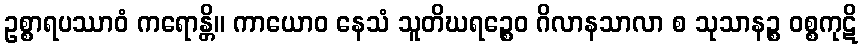
ဥစ္စာရပဿာဝံ ကရောန္တိ။ ကာယောဝ နေသံ သူတိဃရဉ္စေဝ ဂိလာနသာလာ စ သုသာနဉ္စ ဝစ္စကုဋိ